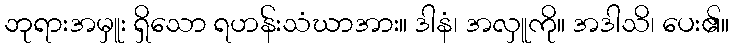
ဘုရားအမှူး ရှိသော ရဟန်းသံဃာအား။ ဒါနံ၊ အလှူကို။ အဒါသိ၊ ပေး၏။